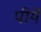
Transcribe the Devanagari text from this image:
पीयें